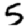
Digit: 5